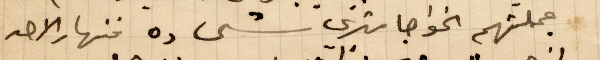
جملتهم الخواجا متري شحاده فنهار الاحد